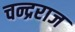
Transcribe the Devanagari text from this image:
चन्द्रराज